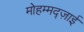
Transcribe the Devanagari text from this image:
मोहम्मद्ज़ाई